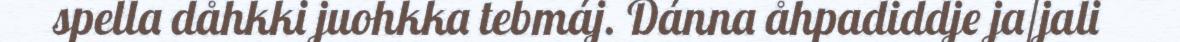
spella dåhkki juohkka tebmáj. Dánna åhpadiddje ja/jali